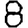
Digit: 8